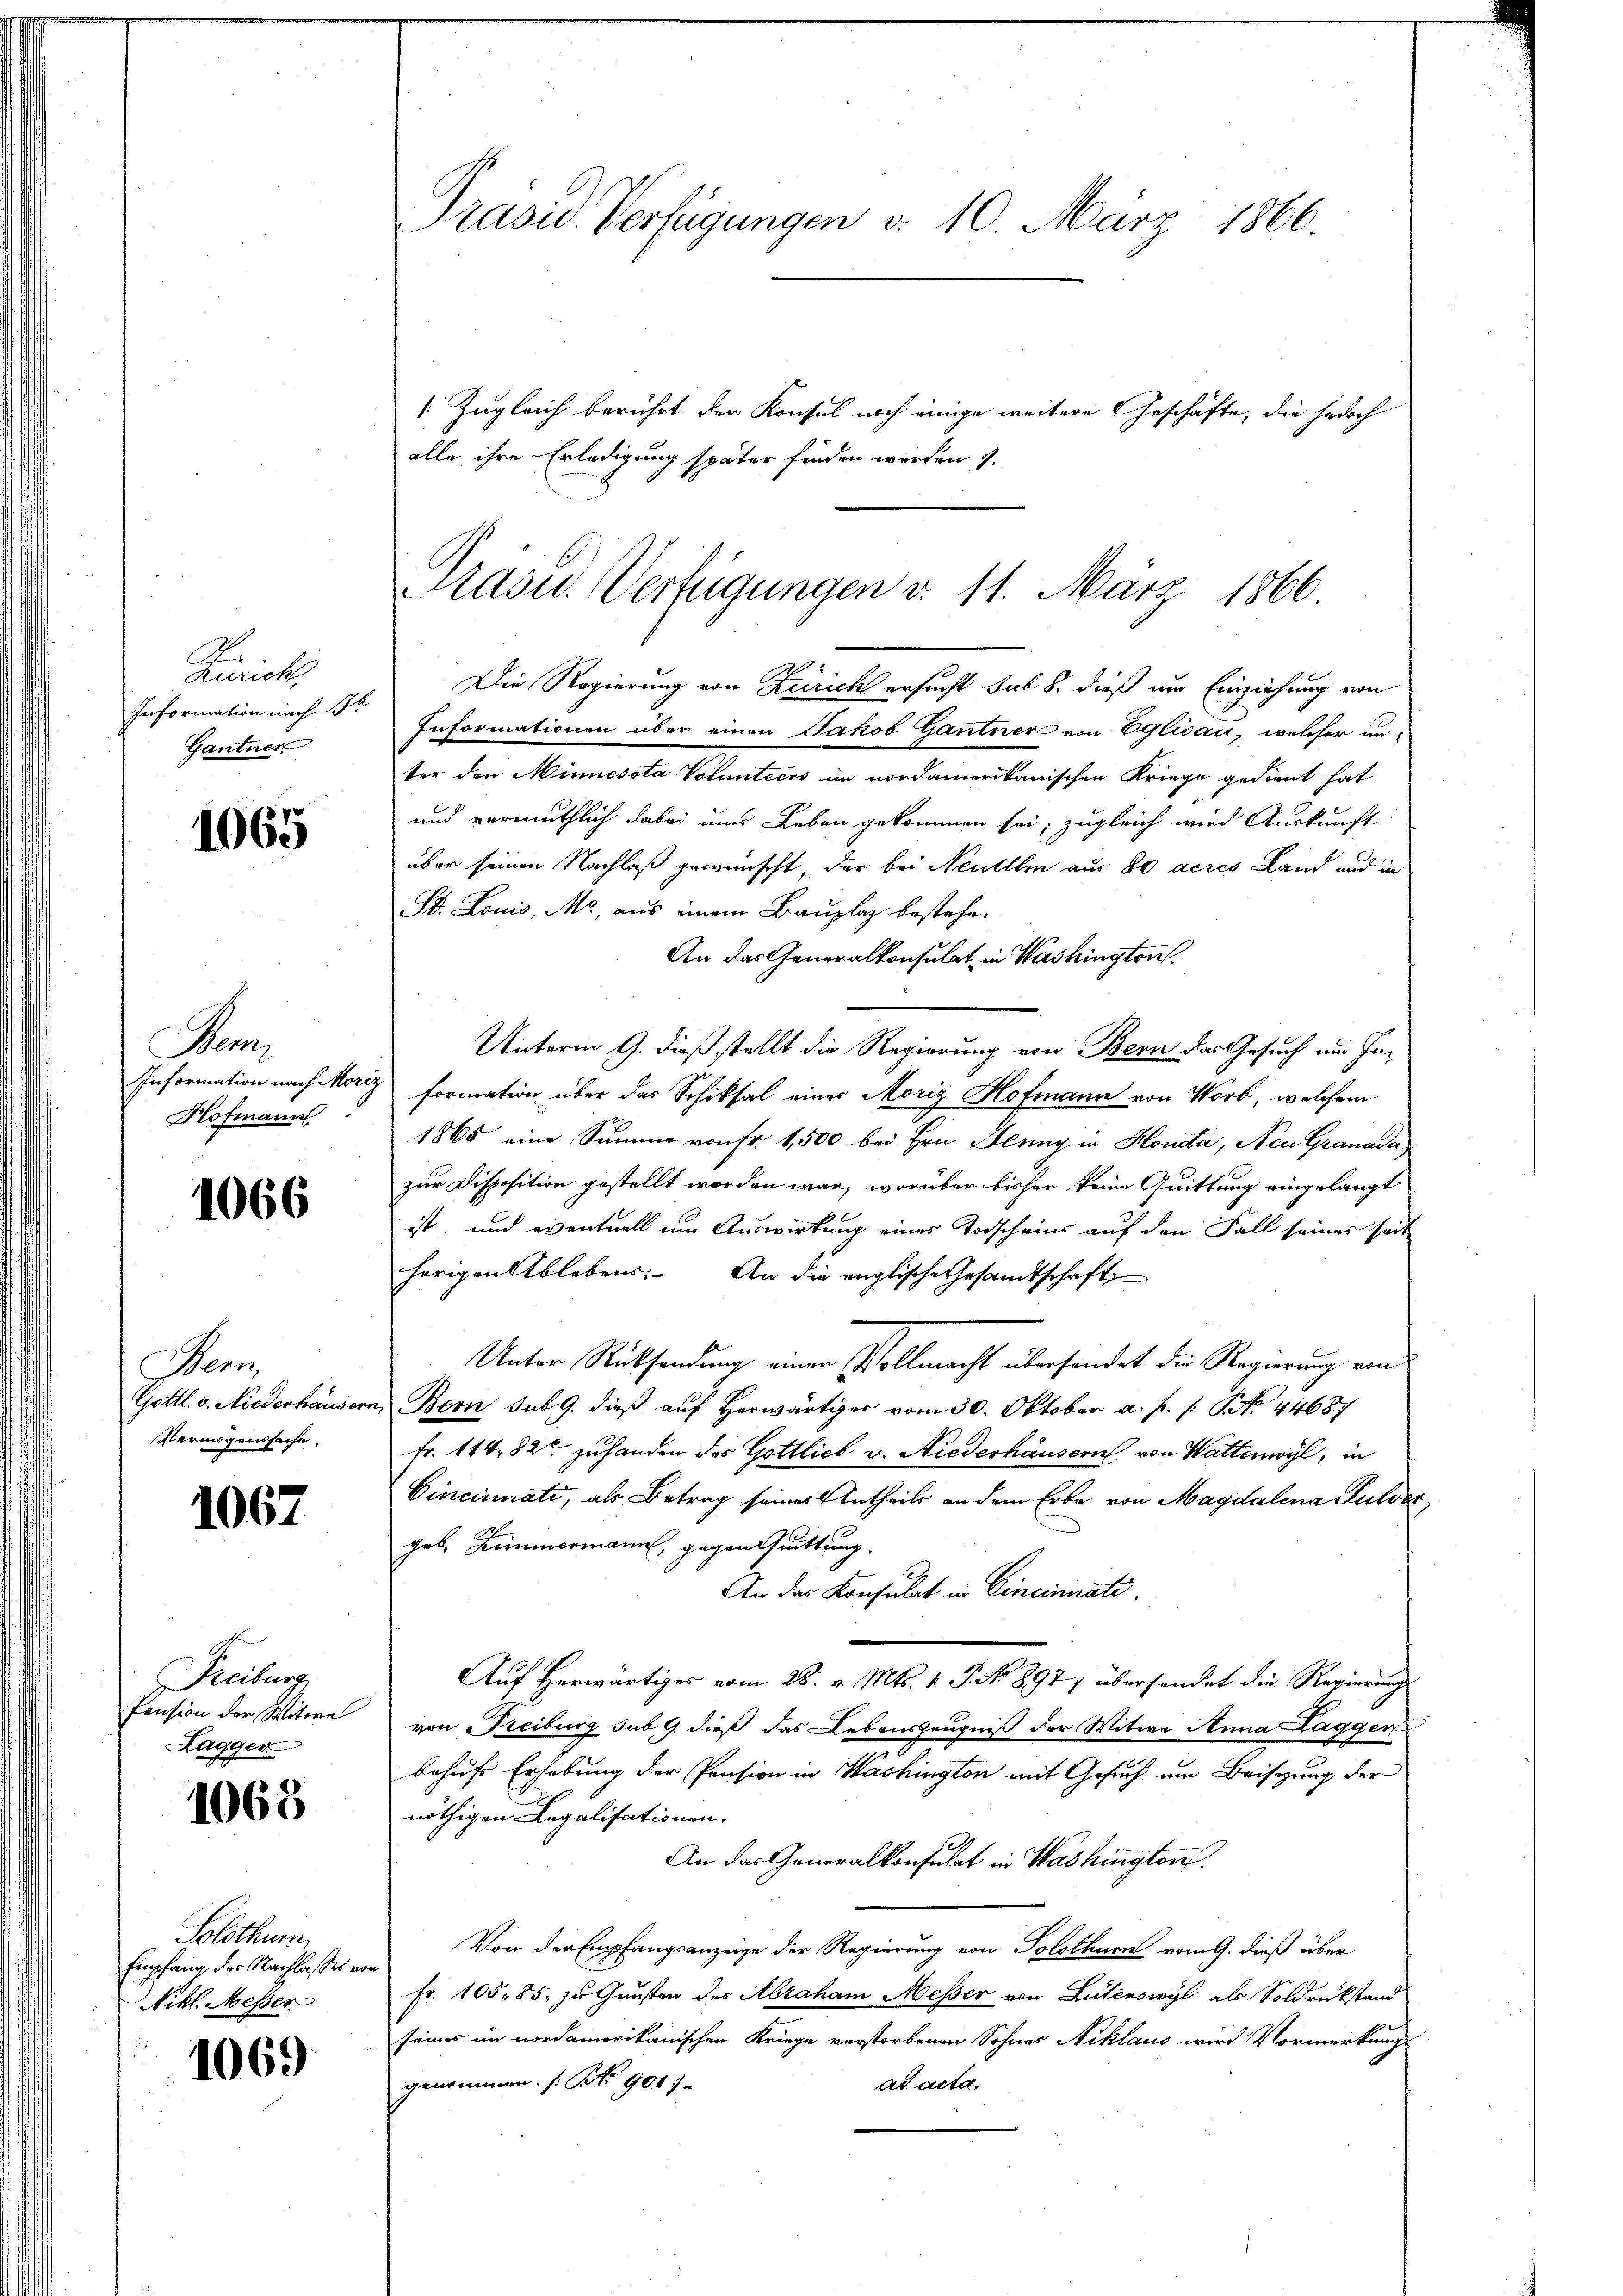
Kunste
Information nach 12
Gantner.

1965

Man
Information nach More
Hofmann

1066

Nenn
Gottl. v. Niederhausers
Vermögenssache.

1067

Freiburg
Pension der Witwe
Hagger

1068

Solothurn,
Empfang der Nachlasses vo
Nikl. Messer

1069

Präsid. Verfügungen d. 10. März 1866.

[Zugleich berührt der Konsul noch einige weitere Geschäfte, die jedoch
alle ihre Erledigung später finden werden 7.

Aasu. Verfügungen d. 11. März 1866

Die Regierung von Zürich ersucht sub 8. dieß um Einziehung von
Informationen über einen Jakob Gantner von Eglisau, welcher unter den Minnesota Volantiers im nordamerikanischen Kriege gedient hat
und vermuthlich dabei uns Leben gekommen sei, zugleich wird Auskunft
über seinen Nachlaß gewünscht, der bei Neuillen aus 80 acres Land und in
St. Louis, Mc, aus einem Bauplaz bestehe¬
An das Generalkonsulat in Washingtone
Unterm 9. dieß stellt die Regierung von Bern das Gesuch am In¬
2 Formation über das Schiksal einer Morig Hofmann von Worb, welchem
1865 eine Summe von Fr. 1,500 bei Hrn. Jenny in Honda, Neue Granada
zur Disposition gestellt worden war, worüber bisher keine Quittung eingelangt
ist, und eventuell um Auswirkung eines Todscheins auf den Fall seines seit
herigen Ablebens. An die englische Gesandtschaft
Unter Rücksendung einer Vollmacht übersendet die Regierung ein
in Bern sub 9. dieß auf Herwärtiger vom 30. Oktober a. p. s. S. 44687
Fr. 114, 82 zuhanden des Gottlich v. Niederhäusern von Waltenwyl, in
Cincinnati, als Betrag seines Antheils an dem Erbe von Magdalena Pulver
geb. Zimmermann, gegen Quittung.
An das Konsulat in Cincinati
Auf Herwärtiges vom 28. v. Mts. 1. P. No 8977 übersendet die Regierungs
von Freiburg sub. 9 dieß das Lebenszeugniß der Witwe Anna Laggen
behufs Erhebung der Pension in Washington mit Gesuch um Beisizung der
nöthigen Legalisationen.
An das Generalkonsulat in Washington.
Von der Empfangsanzeige der Regierung von Solothurn vom 9. dieß über
e
Fr. 105. 85. zu Gunsten des Abraham Messer von Luterswyl als Soldrückstand
seines im nordamerikanischen Kriege verstorbenen Sohnes Niklaus wird Vormerkung
genommen. (No 901 J
ad acta.